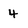
Character: 4